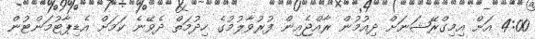
4:00 އަށް އިމިގްރޭޝަނަށް ދިއުމުން ރާއްޖެއިން ފުރުވާލުމުގެ ހިދުމަތް ދެވޭނެ ކަމަށް އެޑިޕާޓުމަންޓުން